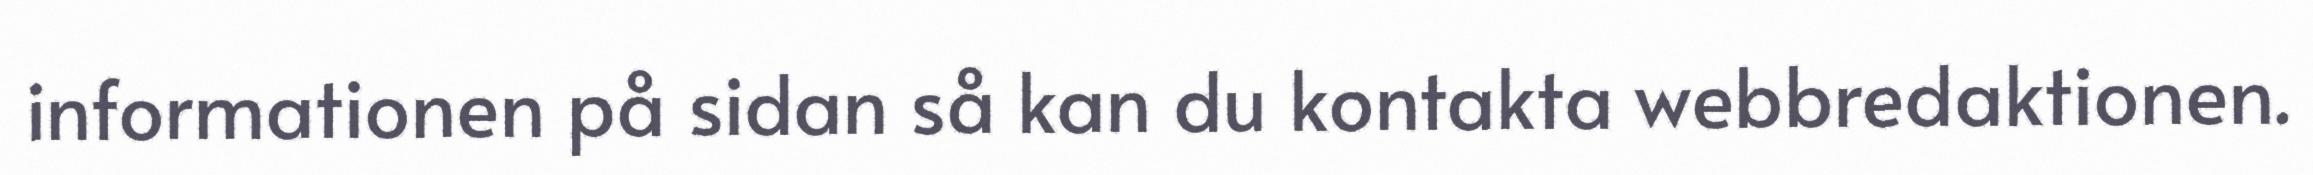
informationen på sidan så kan du kontakta webbredaktionen.